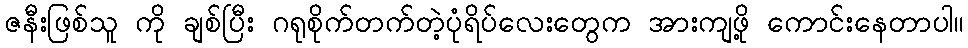
ဇနီးဖြစ်သူ ကို ချစ်ပြီး ဂရုစိုက်တက်တဲ့ပုံရိပ်လေးတွေက အားကျဖို့ ကောင်းနေတာပါ။